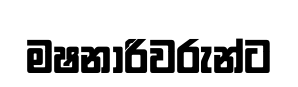
මෂනාරිවරුන්ට